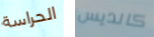
الحراسة كانديس